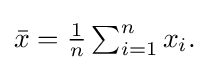
{\textstyle {\bar {x}}={\frac {1}{n}}\sum _{i=1}^{n}x_{i}.}